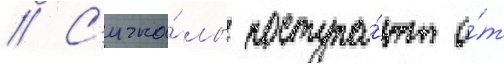
// С'игна́лы поступа́ют о́т